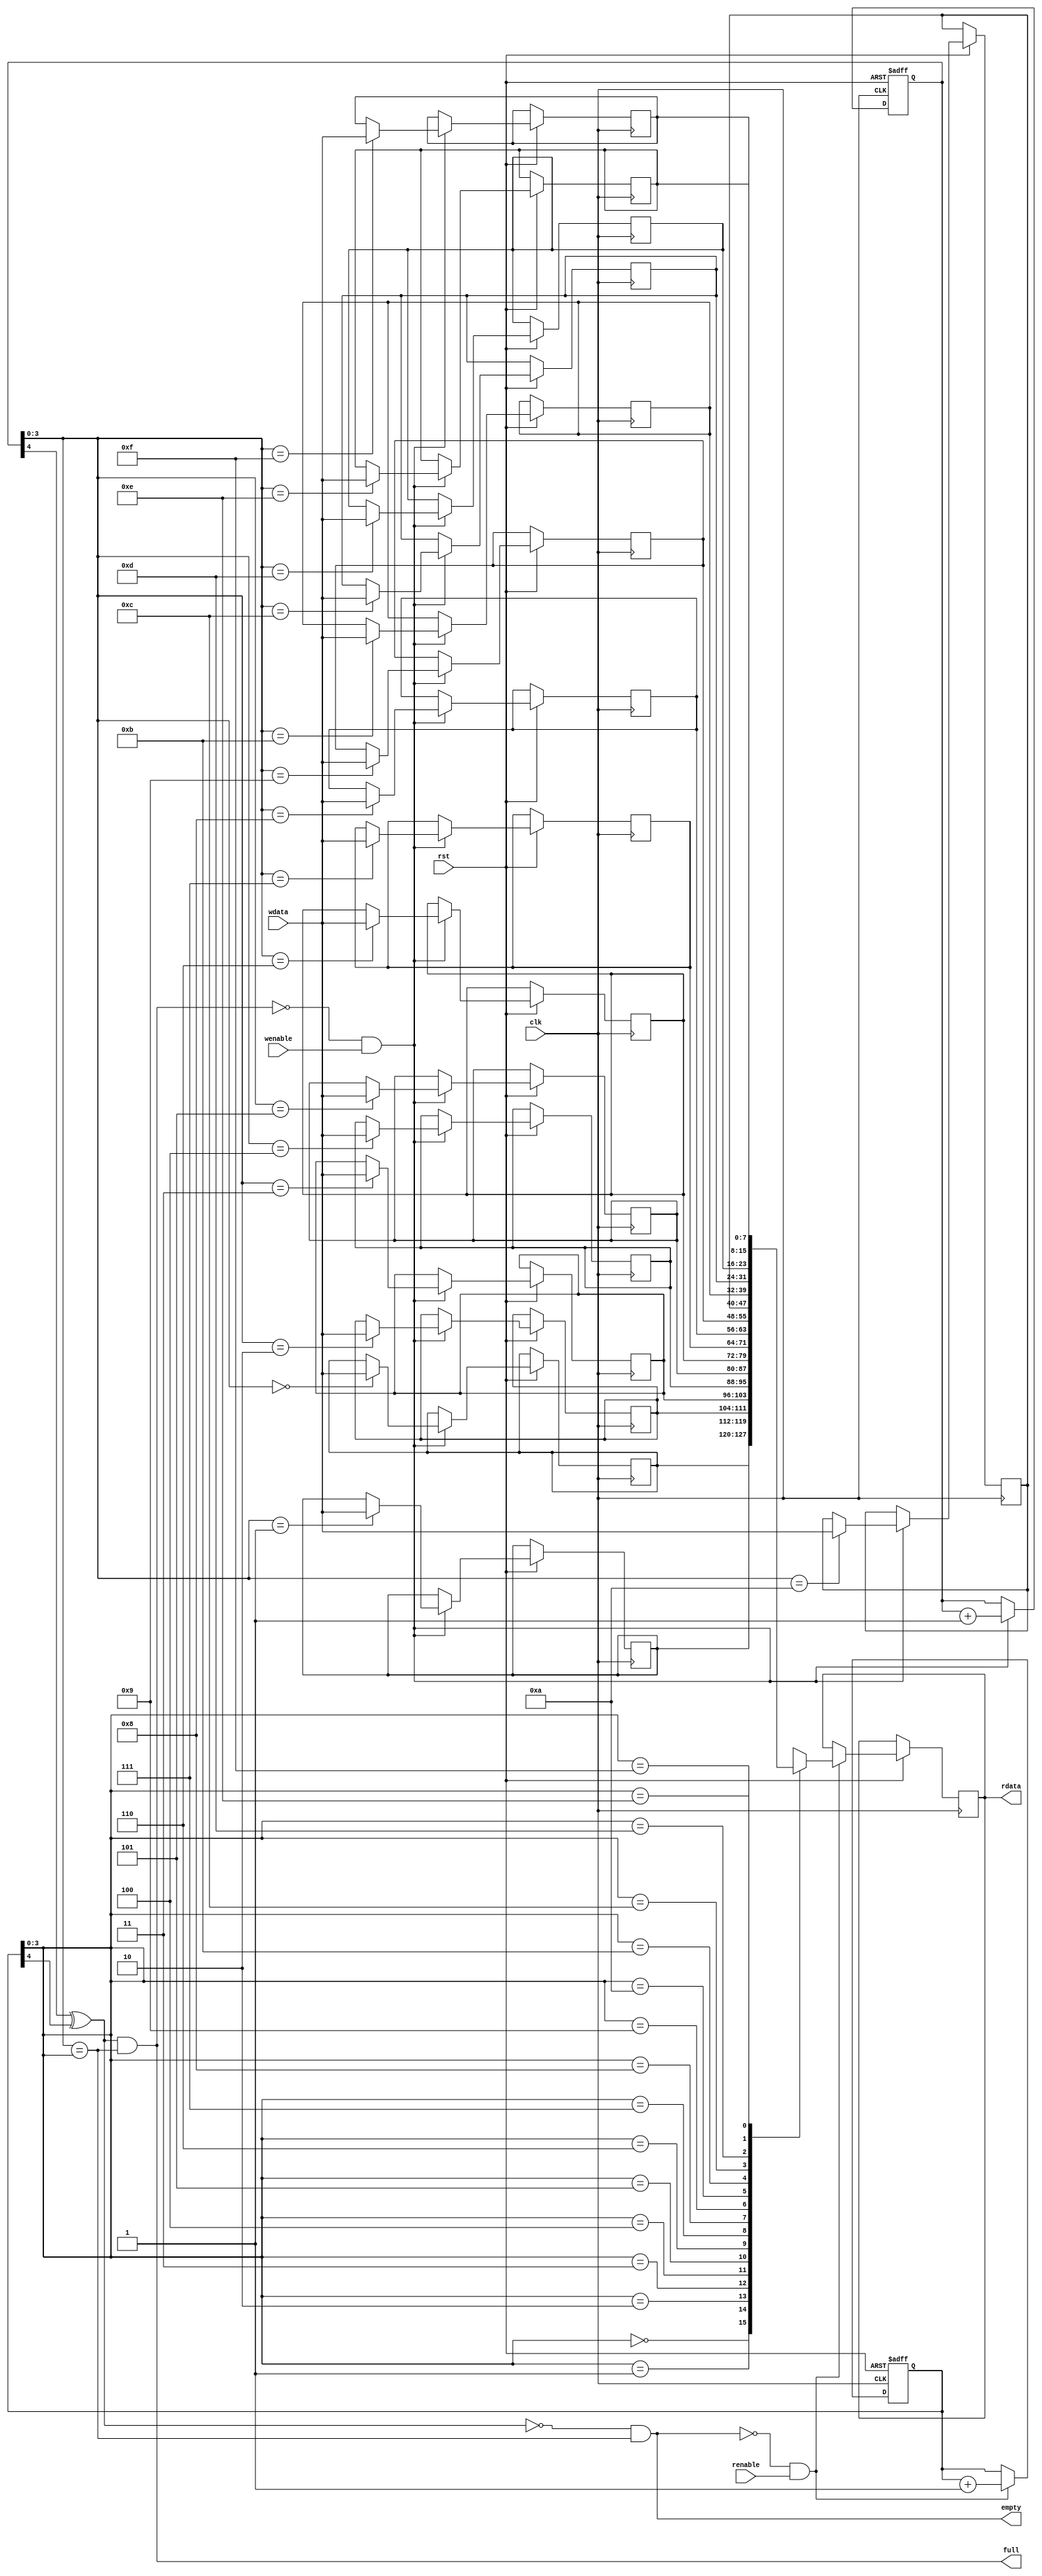
module fifo #(parameter FIFO_WIDTH = 5'd8, parameter FIFO_DEPTH = 6'd16) (
	input clk,
	input rst,
	input wenable,
	input renable,
	input [FIFO_WIDTH - 1:0] wdata,
	output empty,
	output full,
	output reg [FIFO_WIDTH - 1:0] rdata
);

	localparam PTR_WIDTH = $clog2(FIFO_DEPTH);

	reg [PTR_WIDTH:0] ptr_write;
	reg [PTR_WIDTH:0] ptr_read;

	reg [FIFO_WIDTH - 1:0] mem [FIFO_DEPTH - 1:0];

	wire msb_check;

	always @(posedge clk, negedge rst) begin
		if (!rst) begin
			ptr_write <= {PTR_WIDTH + 1{1'b0}};
		end
		else if (!full && wenable) begin
			mem[ptr_write[PTR_WIDTH - 1:0]] <= wdata;
			ptr_write <= ptr_write + 1;
		end
	end
	
	always @(posedge clk, negedge rst) begin
		if (!rst) begin
			ptr_read <= {PTR_WIDTH + 1{1'b0}};
		end
		else if (!empty && renable) begin
			rdata <= mem[ptr_read[PTR_WIDTH - 1:0]];
			ptr_read <= ptr_read + 1;
		end
	end

	assign msb_check = ptr_write[PTR_WIDTH] ^ ptr_read[PTR_WIDTH];
	assign full = msb_check && (ptr_write[PTR_WIDTH - 1:0] == ptr_read[PTR_WIDTH - 1:0]); 
	assign empty = !msb_check && (ptr_write[PTR_WIDTH - 1:0] == ptr_read[PTR_WIDTH - 1:0]); 

endmodule